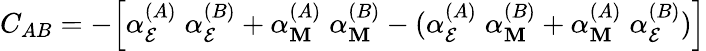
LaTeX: C_{AB}=-\Bigl[\alpha_{\mathcal{E}}^{(A)}\; \alpha_{\mathcal{E}}^{(B)}+\alpha_{\mathbf{M}}^{(A)}\; \alpha_{\mathbf{M}}^{(B)}-(\alpha_{\mathcal{E}}^{(A)}\; \alpha_{\mathbf{M}}^{(B)}+\alpha_{\mathbf{M}}^{(A)}\; \alpha_{\mathcal{E}}^{(B)})\Bigr]